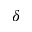
\delta